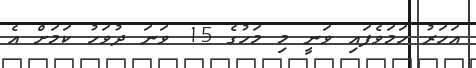
އަހަރު ހަމަވެފައި ވަނީ މި މަހުގެ 15 ވަނަ ދުވަހު ކަމަށް އެ